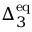
\Delta _ { 3 } ^ { \mathrm { e q } }